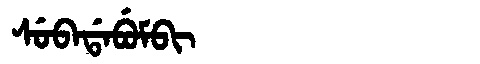
Manchu: ᠰᡠᠪᠠᡩᠠᠪᡠᠮᠪᡳ
Romanization: SUBADABUMBI